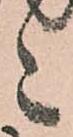
々